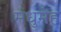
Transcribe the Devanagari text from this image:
मधुमेंह